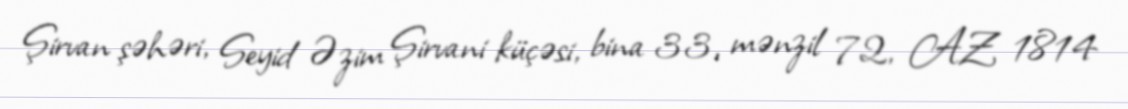
Şirvan şəhəri, Seyid Əzim Şirvani küçəsi, bina 33, mənzil 72, AZ 1814